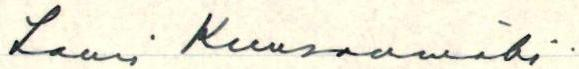
Lauri Kuusanmäki.